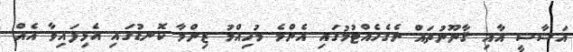
އަސާސީ އާއި ޤާނޫނުތައް ނެގެހެއްޓުމުގައި އެންމެ މުހިއްމު ޒިންމާ ކޮނޑުގައި އެޅިފައިވާ އެއް